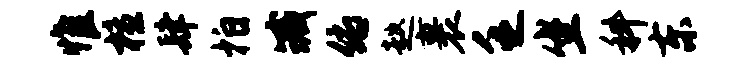
惟檀肆拍臧俯趑裹乏坐科东